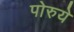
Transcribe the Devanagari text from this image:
पोरुये